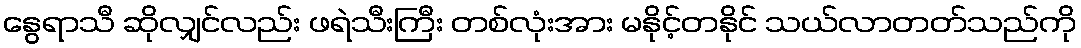
နွေရာသီ ဆိုလျှင်လည်း ဖရဲသီးကြီး တစ်လုံးအား မနိုင့်တနိုင် သယ်လာတတ်သည်ကို